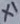
Text: X1